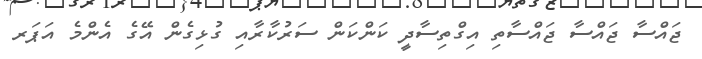
ޖައްސާ ޖައްސާ ޖައްސާތި އިގްތިސާދީ ކަންކަން ސަރުކާރާއި ގުޅިގެން އޭގެ އެންމެ އަޕަރ